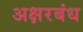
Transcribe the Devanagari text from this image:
अक्षरबंध